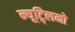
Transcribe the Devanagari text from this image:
न्यूट्र्लिनो